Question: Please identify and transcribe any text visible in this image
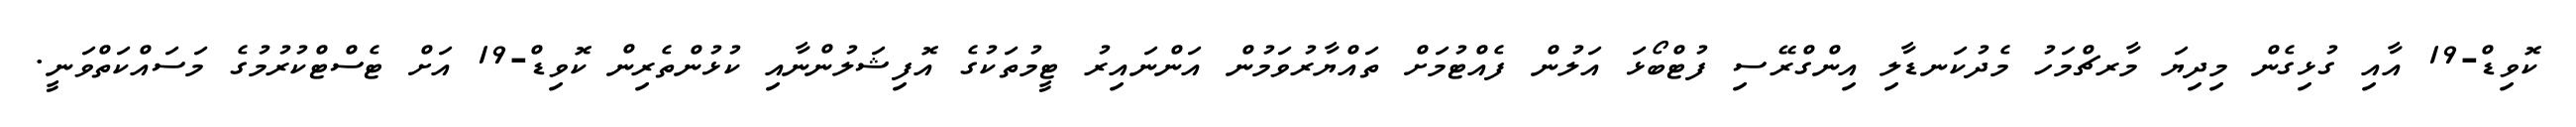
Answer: ކޮވިޑް-19 އާއި ގުޅިގެން މިދިޔަ މާރޗްމަހު މެދުކަނޑާލި އިންގްރޭސި ފުޓްބޯޅަ އަލުން ފެއްޓުމަށް ތައްޔާރުވަމުން އަންނައިރު ޓީމުތަކުގެ އޮފިޝަލުންނާއި ކުޅުންތެރިން ކޮވިޑް-19 އަށް ޓެސްޓްކުރުމުގެ މަސައްކަތްވަނީ.